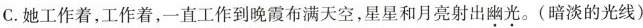
C. 她工作着，工作着，一直工作到晚霞布满天空，星星和月亮射出幽光。(暗淡的光线)